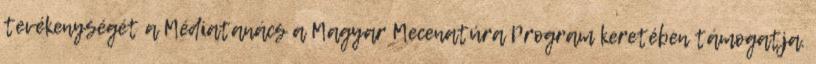
tevékenységét a Médiatanács a Magyar Mecenatúra Program keretében támogatja.